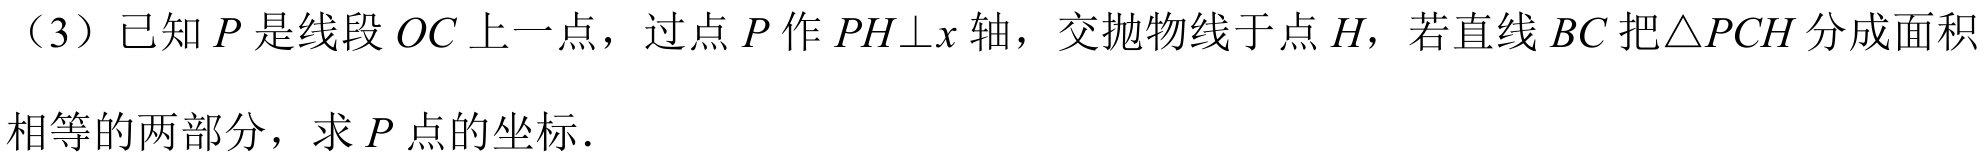
（3）已知\(P\)是线段\(OC\)上一点，过点\(P\)作\(PH\bot x\)轴，交抛物线于点\(H\)，若直线\(BC\)把\(\triangle PCH\)分成面积
相等的两部分，求\(P\)点的坐标．